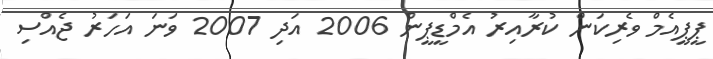
ޕީޕީއެމް ވެރިކަން ކުރާއިރު އެމްޑީޕީން 2006 އަދި 2007 ވަނަ އަހަރު ޖެއްސި